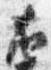
右